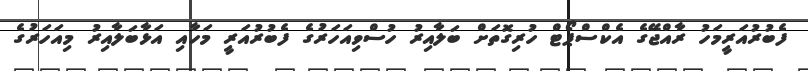
ފެބުރުއަރީމަހު ރާއްޖޭގެ އެކްސްޕޯޓް ހުރިގޮތަށް ބަލާއިރު ހުސްވިއަހަރުގެ ފެބުރުއަރީ މަހާއި އަޅާބަލާއިރު މިއަހަރުގެ